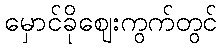
မှောင်ခိုဈေးကွက်တွင်